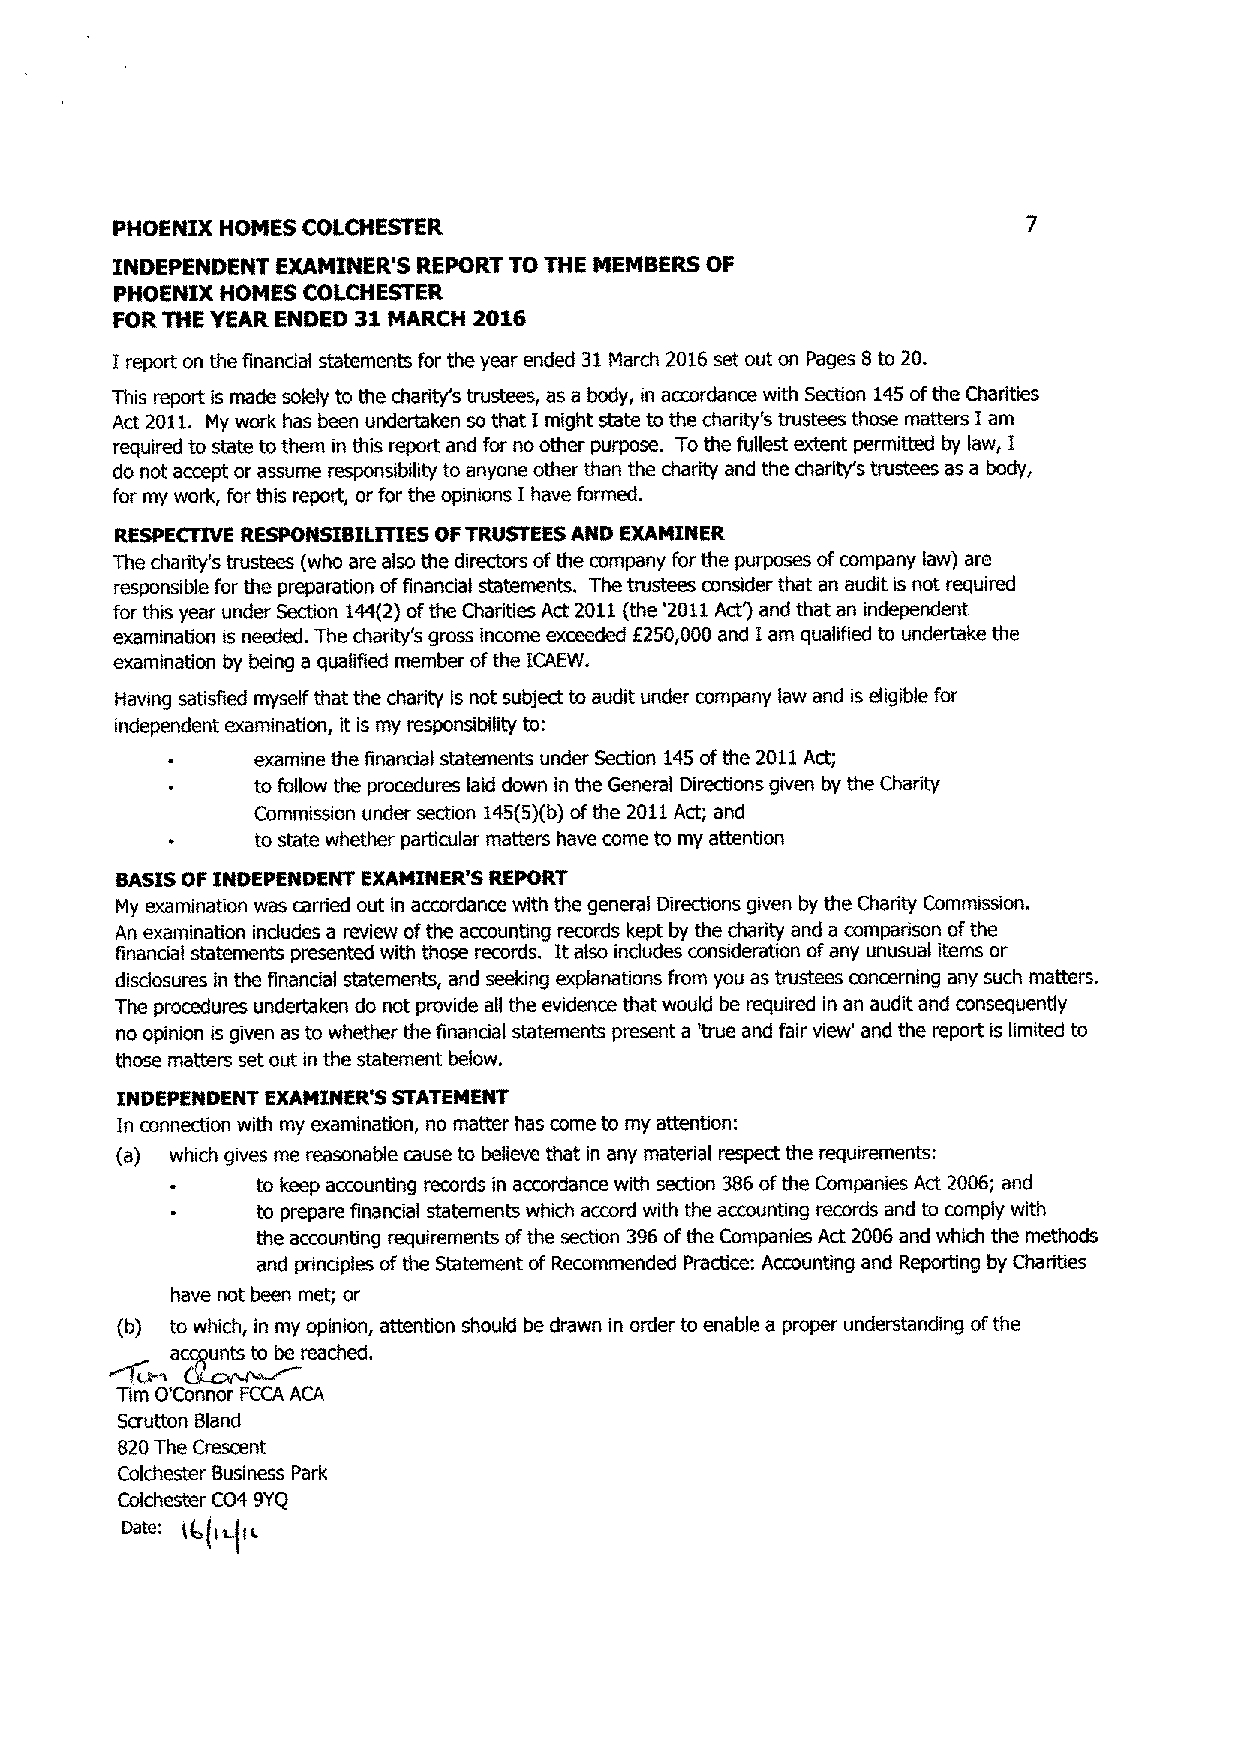
PHOENIX HOMES COLCHESTER                                     7
 INDEPENDENT EXAMINER'S REPORT TO THE MEMBERS OF
 PHOENIX HOMES COLCHESTER
 FOR THE YEAR ENDED 31 MARCH 2016
 I report on the financial statements for the year ended 31 March 2016 set out on Pages 8 to 20.
 This report is made solely to the charity's trustees, as a body, in accordance with Section 145 of the Charities
 Act 2011. My work has been undertaken so that I might state to the charity's trustees those matters I am
 required to state to them in this report and for no other purpose. To the fullest extent permitted by law, I
 do not accept or assume responsibility to anyone other than the charity and the charity's trustees as a body,
 for my work, for this report, or for the opinions I have formed.
 RESPECTIVE RESPONSIBILITIES OF TRUSTEES AND EXAMINER
 The charity's trustees( who are also the directors of the company for the purposes of company law) are
 responsible for the preparation of financial statements. The trustees consider that an audit is not required
 for this year under Section 144(2) of the Charities Act 2011 (the'2011 Acts and that an independent
 examination is needed. T he charity's gross income exceeded £250,000 and i am qualified to undertake the
 examination by being a qualified member of the ICAEW.
 Having satisfied myself that the charity is not subject to audit under company law and is eligible for
 independent eacamination, it is my responsibility to:
 examine the financial statements under Section 145 of the 2011 Act;
 to follow the procedures laid down in the General Directions given by the Charity
 Commission under section 145(5)(b) of the 2011 Act; and
 to state whether particular matters have come to my attention
 BASIS OF INDEPENDENT EXAMINER'S REPORT
 My examination was carried out in accordance with the general Directions given by the Charity Commission.
 An examination includes a review of the accounting records kept by the charity and a comparison of the
 financial statements presented with those records. It also includes consideration of any unusual items or
 disclosures in the financial statements, and seeking explanations from you as trustees concerning any such matters.
 The procedures undertaken do not provide all the evidence that would be required in an audit and consequently
 no opinion is given as to whether the financial statements present a 'true and fair view' and the report is limited to
 those matters set out in the statement below.
 INDEPENDENT EXAMINER'S STATEMENT
 In connection with my examination, no matter has come to my attention:
 (a) which gives me reasonable cause to believe that in any material respect the requirements:
 to keep accounting records in accordance with section 386 of the Companies Act 2006; and
 to prepare financial statements which accord with the accounting records and to comply with
 the accounting requirements of the section 396 of the Companies Act 2006 and which the methods
 and principles of the Statement of Recommended Practice: Accounting and Reporting by Charities
 have not been met; or
 (b) to which, in my opinion, attention should be drawn in order to enable a proper understanding of the
 a  unts to be reached.
 Tim O'Connor FCCA ACA
 Scrutton Bland
 820 The Crescent
 Colchester Business Park
 Colchester C04 9YQ
 gate: i6~~i~~i